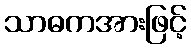
သာဓကအားဖြင့်